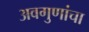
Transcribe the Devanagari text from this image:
अवगुणांचा